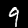
Digit: 9